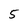
Character: 5